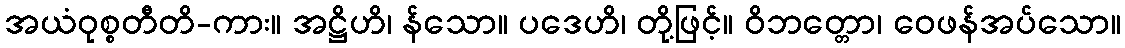
အယံဝုစ္စတီတိ-ကား။ အဋ္ဌိဟိ၊ န်သော။ ပဒေဟိ၊ တို့ဖြင့်။ ဝိဘတ္တော၊ ဝေဖန်အပ်သော။